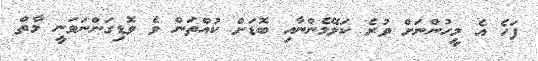
ފަހެ އެ މީހުންނަށް ވުރެ ކަލޭމެންނާއި ބޮޑަށް ކުއްތަން ވެ ވޮޑިގަންނަވަނީ މާތް